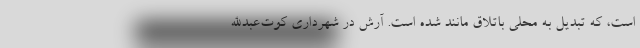
است، که تبدیل به محلی باتلاق مانند شده است. آرش در شهرداری کوت‌عبدالله